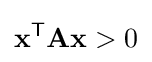
\mathbf {x} ^{\mathsf {T}}\mathbf {Ax} >0